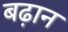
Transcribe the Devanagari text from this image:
बढ़ान